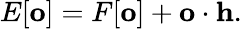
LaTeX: E[\mathbf{o}]=F[\mathbf{o}]+\mathbf{o}\cdot\mathbf{h}.